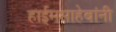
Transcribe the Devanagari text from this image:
हाईमसाहेबांनी